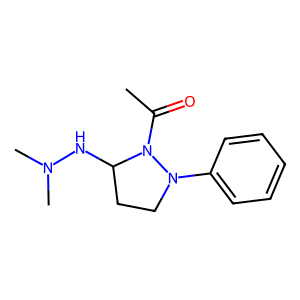
SMILES: CC(=O)N1C(NN(C)C)CCN1c1ccccc1
Inhibits HIV replication: No